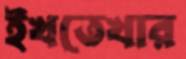
ইখতেখার